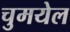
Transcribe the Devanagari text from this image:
चुमयेल